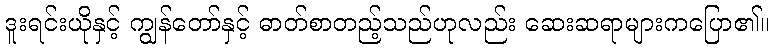
ဒူးရင်းယိုနှင့် ကျွန်တော်နှင့် ဓာတ်စာတည့်သည်ဟုလည်း ဆေးဆရာများကပြော၏။